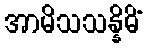
အာမိသသန္နိဓိံ